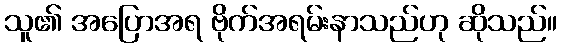
သူ၏ အပြောအရ ဗိုက်အရမ်းနာသည်ဟု ဆိုသည်။